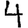
Digit: 4